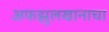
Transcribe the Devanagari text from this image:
अफझुलखानाचा